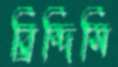
ব্রিন্দিসি